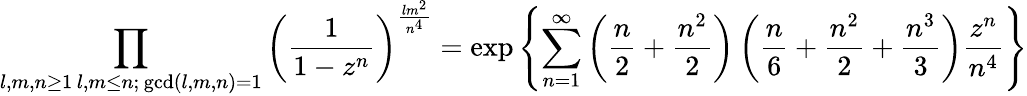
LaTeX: \prod_{\substack{l,m,n\geq 1\, l,m\leq n;\, \operatorname*{gcd}(l,m,n)=1}}\left(\frac{1}{1-z^{n}}\right)^{\frac{lm^{2}}{n^{4}}}=\exp\left\{ \sum_{n=1}^{\infty}\left(\frac{n}{2}+\frac{n^{2}}{2}\right)\left(\frac{n}{6}+\frac{n^{2}}{2}+\frac{n^{3}}{3}\right)\frac{z^{n}}{n^{4}}\right\}